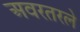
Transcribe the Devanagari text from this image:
अवरतरले